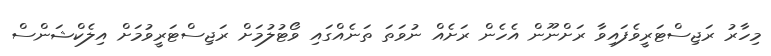
މިހާރު ރަޖިސްޓަރީވެފައިވާ ރަށްނޫން އެހެން ރަށެއް ނުވަތަ ތަނެއްގައި ވޯޓުލުމަށް ރަޖިސްޓަރީވުމަށް އިލެކްޝަންސް